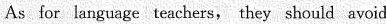
As for language teachers, they should avoid